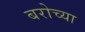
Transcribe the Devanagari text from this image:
बरोच्या